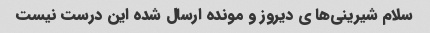
سلام شیرینی‌ها ی دیروز و مونده ارسال شده این درست نیست